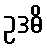
ဥဒဓိ